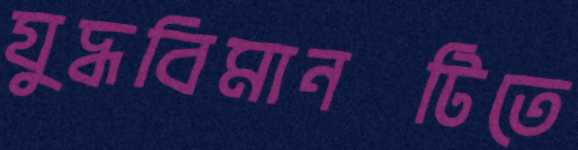
যুদ্ধবিমানটিতে